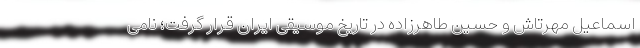
اسماعیل مهرتاش و حسین طاهرزاده در تاریخ موسیقی ایران قرار گرفت؛ نامی